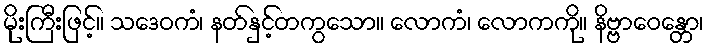
မိုးကြီးဖြင့်။ သဒေဝကံ၊ နတ်နှင့်တကွသော။ လောကံ၊ လောကကို။ နိဗ္ဗာဝေန္တော၊